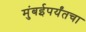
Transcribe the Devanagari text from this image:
मुंबईपर्यंतचा